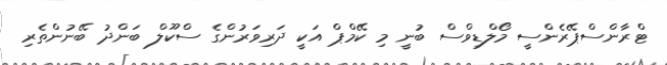
ޓްރާންސްޕޭރެންސީ މޯލްޑިވްސް ބުނީ މި ކޭމްޕް އަކީ ދަރިވަރުންގެ ސްކޫލް ބަންދު ބޭނުންތެރި